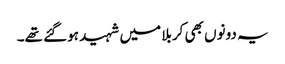
یہ دونوں بھی کربلا میں شہید ہوگئے تھے۔